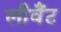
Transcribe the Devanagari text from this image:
लीवैंट